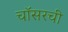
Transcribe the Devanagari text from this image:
चॉसरची